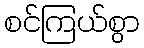
စင်ကြယ်စွာ